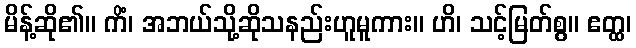
မိန့်ဆို၏။ ကိံ၊ အဘယ်သို့ဆိုသနည်းဟူမူကား။ ဟိ၊ သင့်မြတ်စွ။ ဧတ္ထ၊